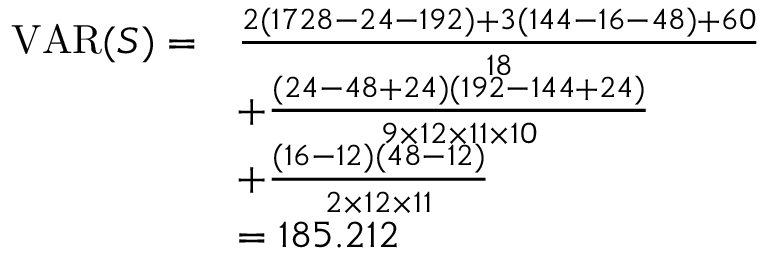
{ \begin{array} { r l } { \operatorname { V A R } ( S ) = } & { { \frac { 2 ( 1 7 2 8 - 2 4 - 1 9 2 ) + 3 ( 1 4 4 - 1 6 - 4 8 ) + 6 0 } { 1 8 } } } \\ & { + { \frac { ( 2 4 - 4 8 + 2 4 ) ( 1 9 2 - 1 4 4 + 2 4 ) } { 9 \times 1 2 \times 1 1 \times 1 0 } } } \\ & { + { \frac { ( 1 6 - 1 2 ) ( 4 8 - 1 2 ) } { 2 \times 1 2 \times 1 1 } } } \\ & { = 1 8 5 . 2 1 2 } \end{array} }